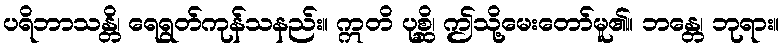
ပရိဘာသန္တိ၊ ရေရွတ်ကုန်သနည်း။ ဣတိ ပုစ္ဆိ၊ ဤသို့မေးတော်မူ၏။ ဘန္တေ၊ ဘုရား။